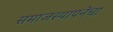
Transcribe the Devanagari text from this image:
समाजस्थापनेचा